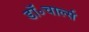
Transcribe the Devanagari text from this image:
डॉ॰चार्ल्स